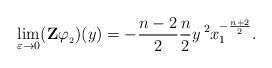
LaTeX: \begin{align*}\lim_{\varepsilon\to0}(\mathbf{Z}\varphi_{_2})(y)=-\frac{n-2}{2}\frac{n}{2}y^{\;2}x_1^{-\frac{n+2}{2}}.\end{align*}